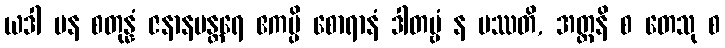
ယဒါ ပန စတုန္နံ ဇနာနမန္တရေ ဧကမ္ပိ စောရာနံ ဒါတဗ္ဗံ န ပဿတိ, အတ္တနိ စ တေသု စ